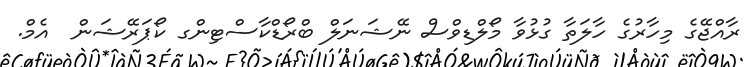
ރާއްޖޭގެ މިހާރުގެ ހާލަތާ ގުޅުވާ މޯލްޑިވްސް ނޭޝަނަލް ބްރޯޑްކާސްޓިންގ ކޯޕަރޭޝަން  އެމް.